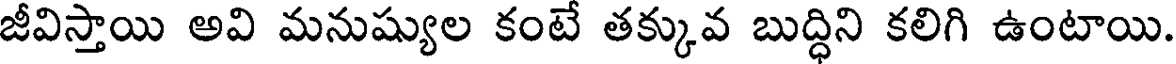
జీవిస్తాయి అవి మనుష్యుల కంటే తక్కువ బుద్ధిని కలిగి ఉంటాయి.